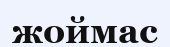
жоймас